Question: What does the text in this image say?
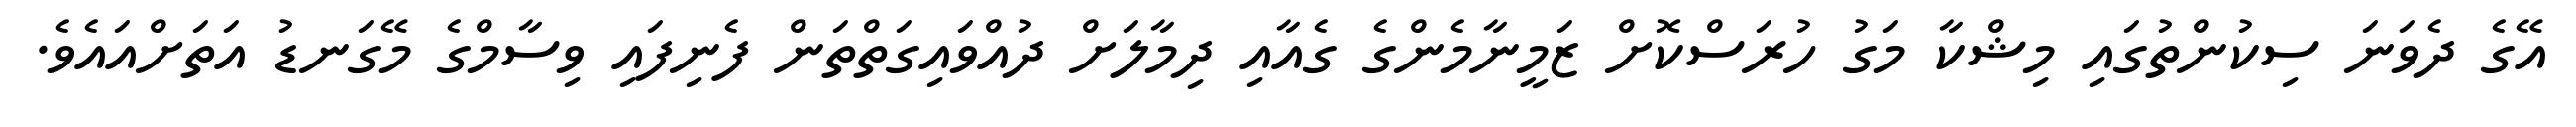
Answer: އޭގެ ދެވަނަ ސިކުންތުގައި މިޝްކާ މަގު ހުރަސްކޮށް ޒަމީނާމެންގެ ގެއާއި ދިމާލަށް ދުއްވައިގަތްތަން ފެނިފައި ވިސާމްގެ މޭގަނޑު އަތަށްއައެވެ.